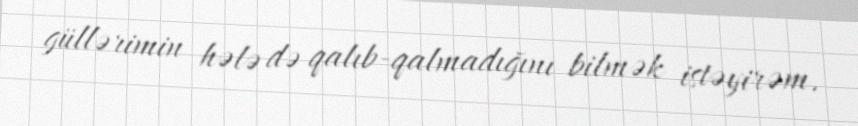
güllərimin hələ də qalıb-qalmadığını bilmək istəyirəm.